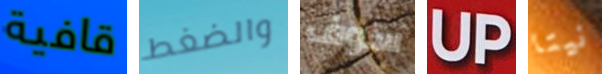
قافية والضغط سوف UP نيتا